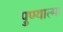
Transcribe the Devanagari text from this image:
पुण्‍यात्‍मा